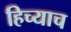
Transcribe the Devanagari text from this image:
हिच्याच